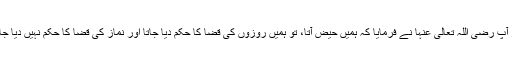
اس پر آپ رضی اللہ تعالیٰ عنہا نے فرمایا کہ ہمیں حیض آتا، تو ہمیں روزوں کی قضا کا حکم دیا جاتا اور نماز کی قضا کا حکم نہیں دیا جاتا تھا۔